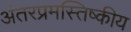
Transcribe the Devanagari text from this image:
अंतरप्रमस्तिष्‍कीय